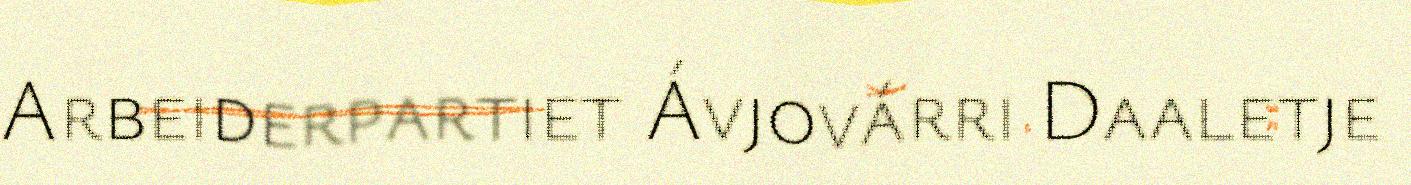
Arbeiderpartiet Ávjovárri Daaletje